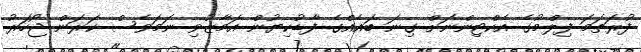
ފުރަތަމަ ފިލްމުގެ އެކްޓިންނަށް ގިނަ ބައެއްގެ ފާޑުކިޔުން އަމާޒުވި ނަމަވެސް ކަރަން ޖޯހަރު